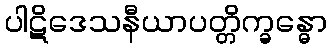
ပါဋိဒေသနီယာပတ္တိက္ခန္ဓော